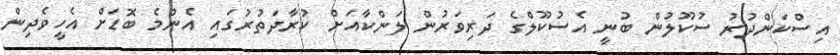
އިސްކަންދުރު ސުކޫލުން ބުނީ އެސުކޫލްގެ ދަރިވަރުން ލަންކާއަށް ކުރާދަތުރުގައި އެންމެ ބޮޑަށް އެހީވެދިން